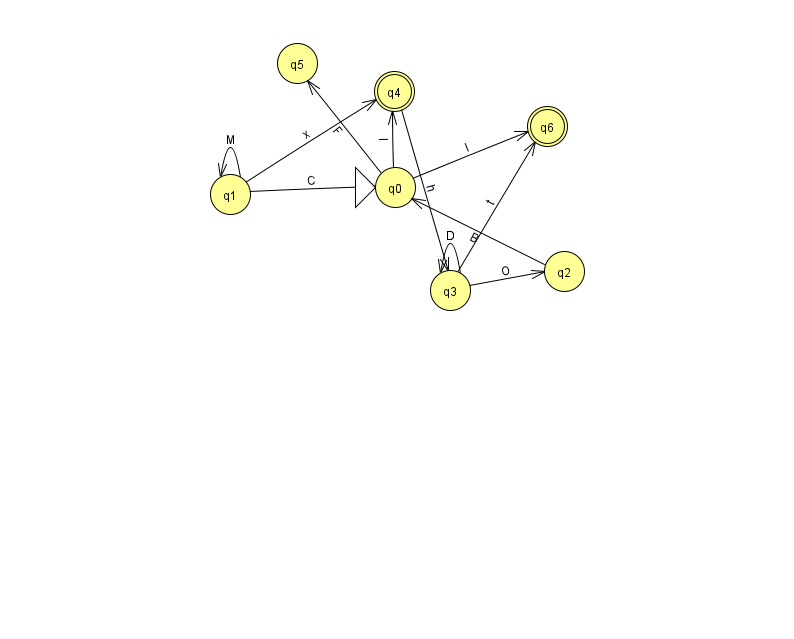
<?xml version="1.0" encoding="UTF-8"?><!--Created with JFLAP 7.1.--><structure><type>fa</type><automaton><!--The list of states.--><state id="0" name="q0"><x>395.0</x><y>174.0</y><initial/></state><state id="1" name="q1"><x>230.0</x><y>181.0</y></state><state id="2" name="q2"><x>564.0</x><y>258.0</y></state><state id="3" name="q3"><x>450.0</x><y>277.0</y></state><state id="4" name="q4"><x>394.0</x><y>78.0</y><final/></state><state id="5" name="q5"><x>297.0</x><y>50.0</y></state><state id="6" name="q6"><x>547.0</x><y>113.0</y><final/></state><!--The list of transitions.--><transition><from>0</from><to>5</to><read>F</read></transition><transition><from>3</from><to>6</to><read>t</read></transition><transition><from>1</from><to>4</to><read>x</read></transition><transition><from>3</from><to>3</to><read>D</read></transition><transition><from>2</from><to>0</to><read>B</read></transition><transition><from>4</from><to>3</to><read>h</read></transition><transition><from>1</from><to>0</to><read>C</read></transition><transition><from>0</from><to>4</to><read>l</read></transition><transition><from>0</from><to>6</to><read>I</read></transition><transition><from>1</from><to>1</to><read>M</read></transition><transition><from>3</from><to>2</to><read>O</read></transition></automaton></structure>